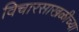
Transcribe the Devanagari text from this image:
विचारसाखळीच्या